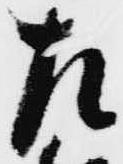
左